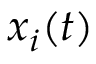
x _ { i } ( t )